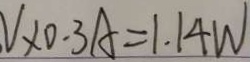
V \times 0 . 3 A = 1 . 1 4 W